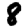
Digit: 8